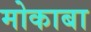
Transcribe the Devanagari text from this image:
मोकाबा